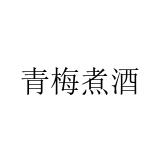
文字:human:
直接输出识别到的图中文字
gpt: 青梅煮酒